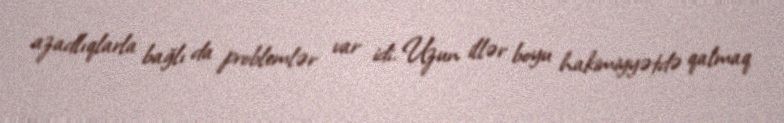
azadlıqlarla bağlı da problemlər var idi. Uzun illər boyu hakimiyyətdə qalmaq